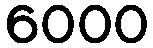
6000